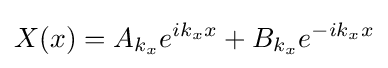
X(x)=A_{k_{x}}e^{ik_{x}x}+B_{k_{x}}e^{-ik_{x}x}